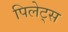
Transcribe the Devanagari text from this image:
पिलेट्स